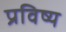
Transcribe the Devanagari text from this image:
प्रविष्य